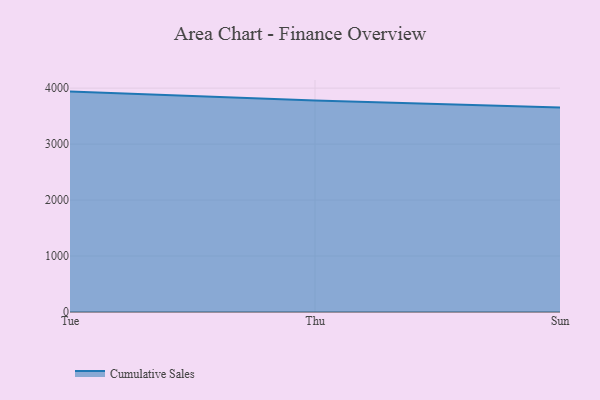
{"axis": {"x": "Day", "y": "Headcount"}, "legend": ["Cumulative Sales"], "data": [{"x": "Tue", "y": 3938.0, "type": "Cumulative Sales"}, {"x": "Thu", "y": 3777.1, "type": "Cumulative Sales"}, {"x": "Sun", "y": 3652.1, "type": "Cumulative Sales"}]}